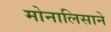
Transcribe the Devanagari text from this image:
मोनालिसाने